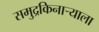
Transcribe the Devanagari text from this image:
समुद्रकिनार्‍याला